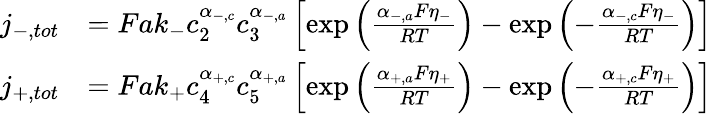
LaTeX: \begin{array}{rl}{j_{-,tot}}&{=Fak_{-}c_{2}^{\alpha_{-,c}}c_{3}^{\alpha_{-,a}}\left[\exp\left(\frac{\alpha_{-,a}F\eta_{-}}{RT}\right)-\exp\left(-\frac{\alpha_{-,c}F\eta_{-}}{RT}\right)\right]}\\ {j_{+,tot}}&{=Fak_{+}c_{4}^{\alpha_{+,c}}c_{5}^{\alpha_{+,a}}\left[\exp\left(\frac{\alpha_{+,a}F\eta_{+}}{RT}\right)-\exp\left(-\frac{\alpha_{+,c}F\eta_{+}}{RT}\right)\right]}\end{array}